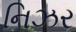
નિઝર